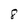
Character: 8